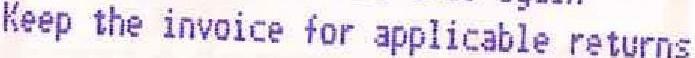
KEEP THE INVOICE FOR APPLICABLE RETURNS